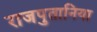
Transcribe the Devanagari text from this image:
राजपुतानिया